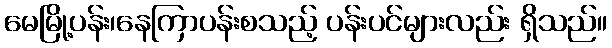
မေမြို့ပန်း၊နေကြာပန်းစသည့် ပန်းပင်များလည်း ရှိသည်။